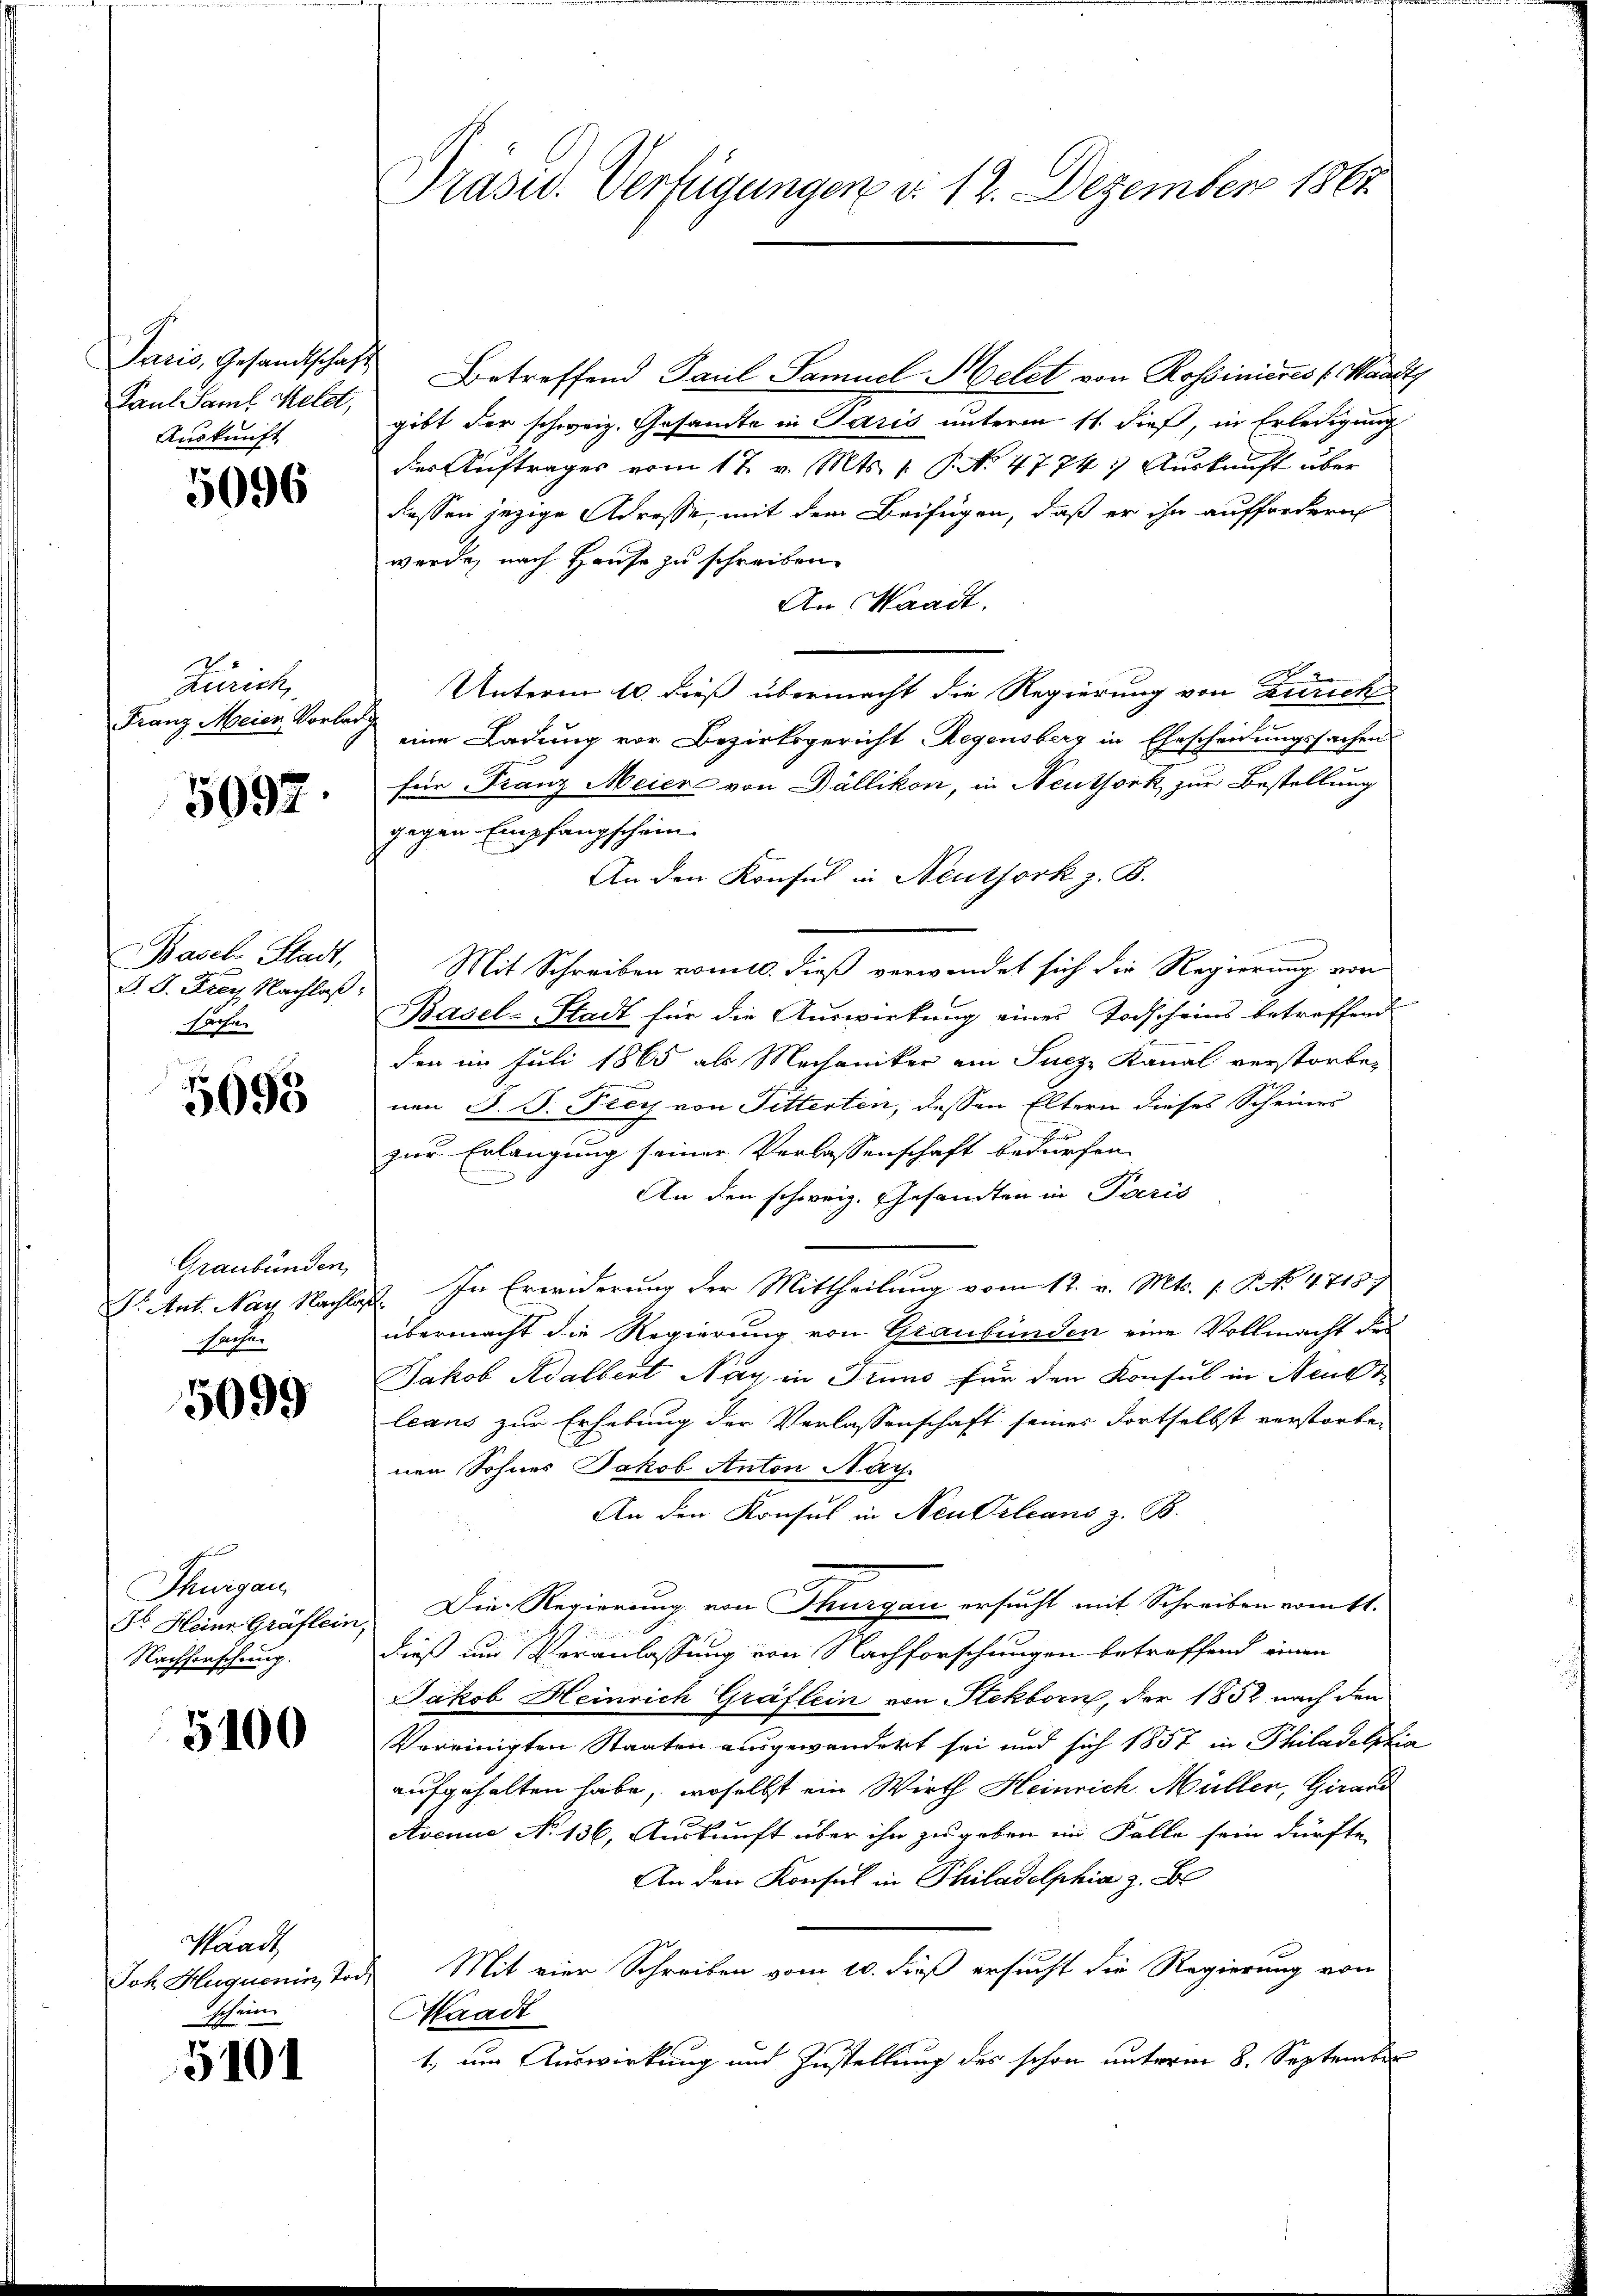
Paul Saml. Helet,
Auskunft

5096

Zürich
Franz Meier Vorlad

5097.

Basch Stadt,
S. S. Frey Nachlaß
sache

5095

Graubünden,
sache.

5099

Thurgau
Fr. Heine Gräflein,
Nachforschung.

5100

Waadt,
Joh. Huguenin, Tod.
schein

5101

Jaris, Gesandtschaft Betreffend Paul Samuel Helet von Rossinieres Waadt,
gibt der schweiz. Gesamte in Paris unterm 11. dieß, in Erledigung
des Auftrages vom 17. v. Mts. 1. P. No 4774. Aŭskŭnft über
dessen jezige Adresse, mit dem Beifügen, daß er ihn auffordern
werde, nach Hause zu schreiben.
An Waadt.
Unterm 10. dieß übermacht die Regierung von Zürich
eine Ladung vor Bezirksgericht Regensberg in Ehescheidungssachen
für Franz Meier von Dällikon, in Neuthork zur Bestellung
gegen Empfangschein
An den Konsul in Neuthork z. B.

Mit Schreiben vom 10. dieß verwendet sich die Regierung von
Basel-Stadt für die Auswirkung eines Todscheins betreffend
den im Juli 1865 als Mechaniker ein Sucze Kanal verstorbe-
nen J. J. Frey von Fitterten, dessen Eltern dieses Scheines
zur Erlangung seiner Verlassenschaft bedürfen.
An den schweiz. Gesandten in Paris
Dr. Ant. Nay Nachlas. In Erwiderung der Mittheilung vom 12. v. Mts. f. P. Nr. 4718
übermacht die Regierung von Graubünden eine Vollmacht des
Jakob Adalbert Nay in Truns für den Konsul in Neues
leans zur Erhebung der Verlassenschaft seines Fortselbst verstorbe-
nen Sohnes Jakob Anton Nay.
An den Konfus in Neu Orleans z. B.
Die Regierung von Thurgau ersucht mit Schreiben vom 11.
dieß und Veranlassung von Nachforschungen betreffend einen
Jakob Heinrich Gräflein von Steckborn, der 1852 nach den
Vereinigten Staaten ausgewandert sei und sich 1857 in Philadelphia
aufgehalten habe, woselbst ein Wirth Heinrich Müller, Girard
Avenue No 136, Auskunft über ihn zu geben ein Falle sein dürfte,
An den Konsul in Philadelphia z. B.
Mit vier Schreiben vom 10. dieß ersucht die Regierung von
Kaadt
1, um Auswirkung und Zustellung des schon unterm 8. September

Präsid. Verfügungen d. 12. Dezember 1867.